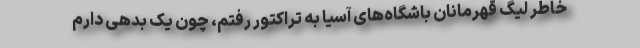
خاطر لیگ قهرمانان باشگاه‌های آسیا به تراکتور رفتم، چون یک بدهی دارم